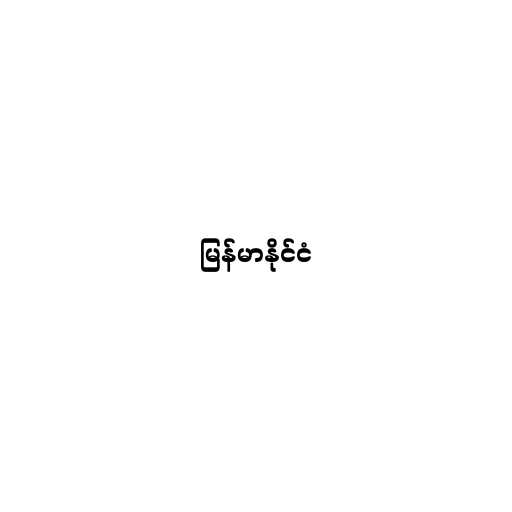
မြန်မာနိုင်ငံ